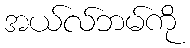
အယ်လ်ဘမ်ကို